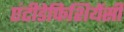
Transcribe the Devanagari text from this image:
एंटीडेफिशियेंसी